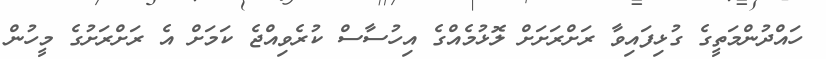
ހައްދުންމަތީގެ ގުޅިފައިވާ ރަށްރަށަށް ލޮޅުމެއްގެ އިހުސާސް ކުރެވިއްޖެ ކަމަށް އެ ރަށްރަށުގެ މީހުން